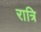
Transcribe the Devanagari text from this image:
रात्रि